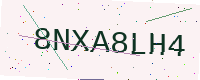
Text: 8NXA8LH4